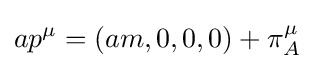
ap^{\mu }=(am,0,0,0)+\pi _{A}^{\mu }